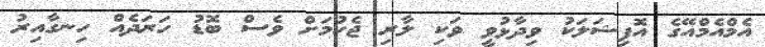
އެމްއެމްއޭގެ އޮފިޝަލަކު ވިދާޅުވީ ވަކި ލާރި ޖެހުމަށް ވެސް ބޮޑު ހަރަދެއް ހިނގާއިރު